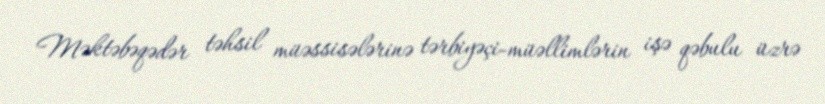
Məktəbəqədər təhsil müəssisələrinə tərbiyəçi-müəllimlərin işə qəbulu üzrə